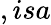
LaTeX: ,isa